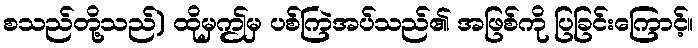
စသည်တို့သည်) ထိုမှဤမှ ပစ်ကြဲအပ်သည်၏ အဖြစ်ကို ပြခြင်းကြောင့်။